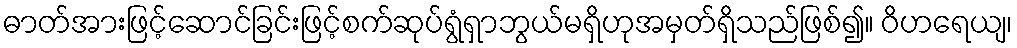
ဓာတ်အားဖြင့်ဆောင်ခြင်းဖြင့်စက်ဆုပ်ရွံရှာဘွယ်မရှိဟုအမှတ်ရှိသည်ဖြစ်၍။ ဝိဟရေယျ၊